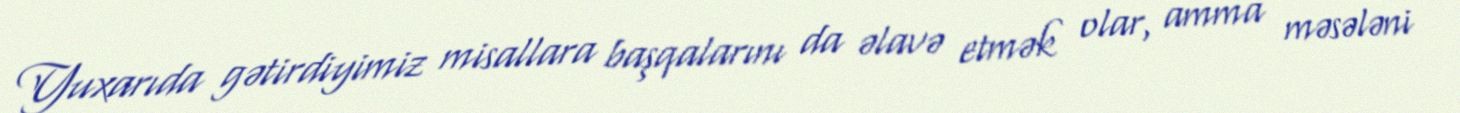
Yuxarıda gətirdiyimiz misallara başqalarını da əlavə etmək olar, amma məsələni